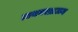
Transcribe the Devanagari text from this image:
टायगरब्राऊन